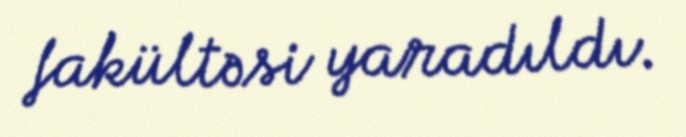
fakültəsi yaradıldı.